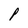
Character: P